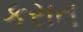
કરાત